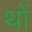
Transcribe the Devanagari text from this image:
थों